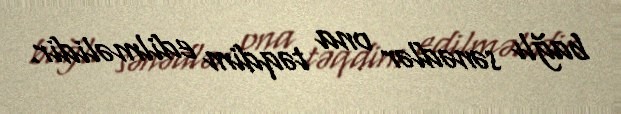
bağlı sənədlər ona təqdim edilməlidir.